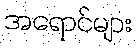
အရောင်များ